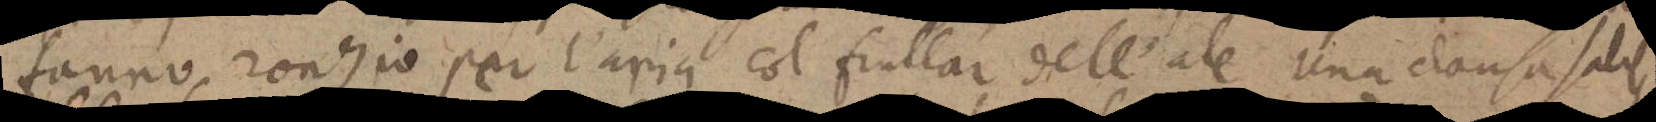
fanno ronzio per l’aria col frullar dell’ale. Una clausa satis